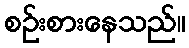
စဉ်းစားနေသည်။